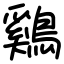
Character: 鷄